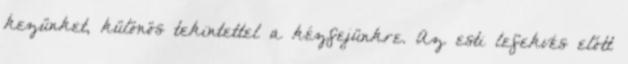
kezünket, különös tekintettel a kézfejünkre. Az esti lefekvés előtt